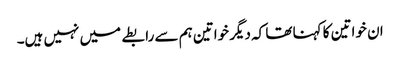
ان خواتین کا کہنا تھا کہ دیگر خواتین ہم سے رابطے میں نہیں ہیں۔